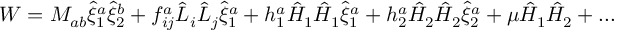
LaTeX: W = M _ { a b } \hat { \xi } _ { 1 } ^ { a } \hat { \xi } _ { 2 } ^ { b } + f _ { i j } ^ { a } \hat { L } _ { i } \hat { L } _ { j } \hat { \xi } _ { 1 } ^ { a } + h _ { 1 } ^ { a } \hat { H } _ { 1 } \hat { H } _ { 1 } \hat { \xi } _ { 1 } ^ { a } + h _ { 2 } ^ { a } \hat { H } _ { 2 } \hat { H } _ { 2 } \hat { \xi } _ { 2 } ^ { a } + \mu \hat { H } _ { 1 } \hat { H } _ { 2 } + . . .